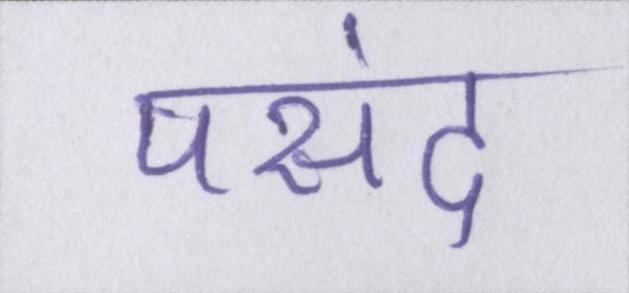
पसंद